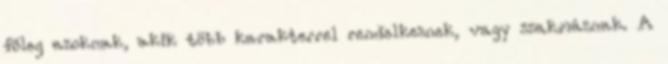
főleg azoknak, akik több karakterrel rendelkeznek, vagy szakmáznak. A